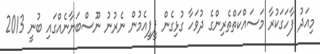
މިއަދު ފާހަގަކުރާ މަސައްކަތްތެރިންގެ ދުވަހާ ގުޅިގެން ޕީޕީއެމުން ނެރުނު ނޫސްބަޔާނެއްގައި ބުނީ 2013